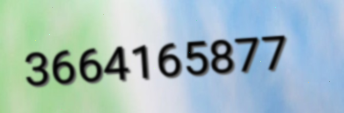
3664165877